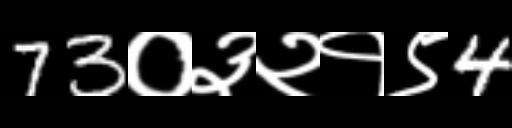
Text: 73०३२१९4